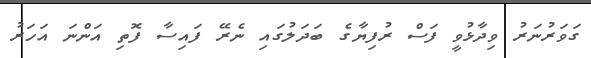
ގަވަރުނަރު ވިދާޅުވީ ފަސް ރުފިޔާގެ ބަދަލުގައި ނެރޭ ފައިސާ ފޮތި އަންނަ އަހަރު